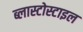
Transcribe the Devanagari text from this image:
ब्लास्टोस्टाइल